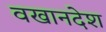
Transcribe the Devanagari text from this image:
वखानदेश